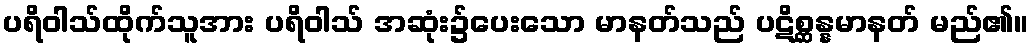
ပရိဝါသ်ထိုက်သူအား ပရိဝါသ် အဆုံး၌ပေးသော မာနတ်သည် ပဋိစ္ဆန္နမာနတ် မည်၏။